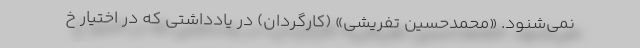
نمی‌شنود. «محمدحسین تفریشی» (کارگردان) در یادداشتی که در اختیار خ